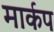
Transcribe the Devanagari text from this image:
मार्कप